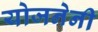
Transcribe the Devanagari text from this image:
योजनेनी